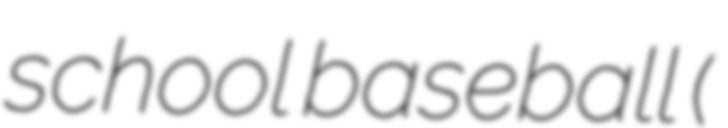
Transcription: school baseball (고등학교